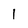
Character: 1